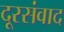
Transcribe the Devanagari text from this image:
दूरसंवाद